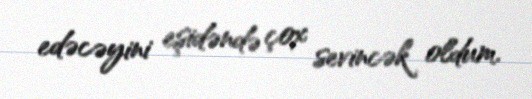
edəcəyini eşidəndə çox sevincək oldum.